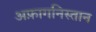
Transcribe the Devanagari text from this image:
अफ़ागनिस्तान